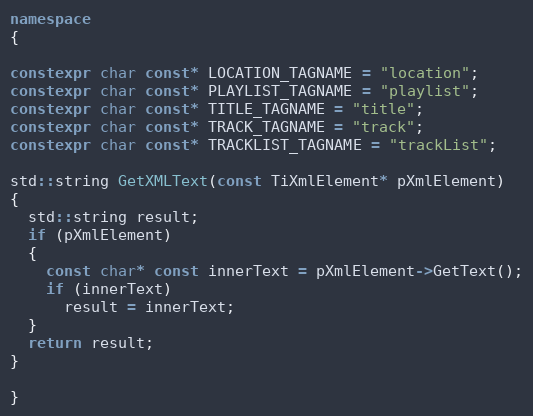
Language: C++
namespace
{

constexpr char const* LOCATION_TAGNAME = "location";
constexpr char const* PLAYLIST_TAGNAME = "playlist";
constexpr char const* TITLE_TAGNAME = "title";
constexpr char const* TRACK_TAGNAME = "track";
constexpr char const* TRACKLIST_TAGNAME = "trackList";

std::string GetXMLText(const TiXmlElement* pXmlElement)
{
  std::string result;
  if (pXmlElement)
  {
    const char* const innerText = pXmlElement->GetText();
    if (innerText)
      result = innerText;
  }
  return result;
}

}